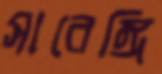
সারেঙ্গি